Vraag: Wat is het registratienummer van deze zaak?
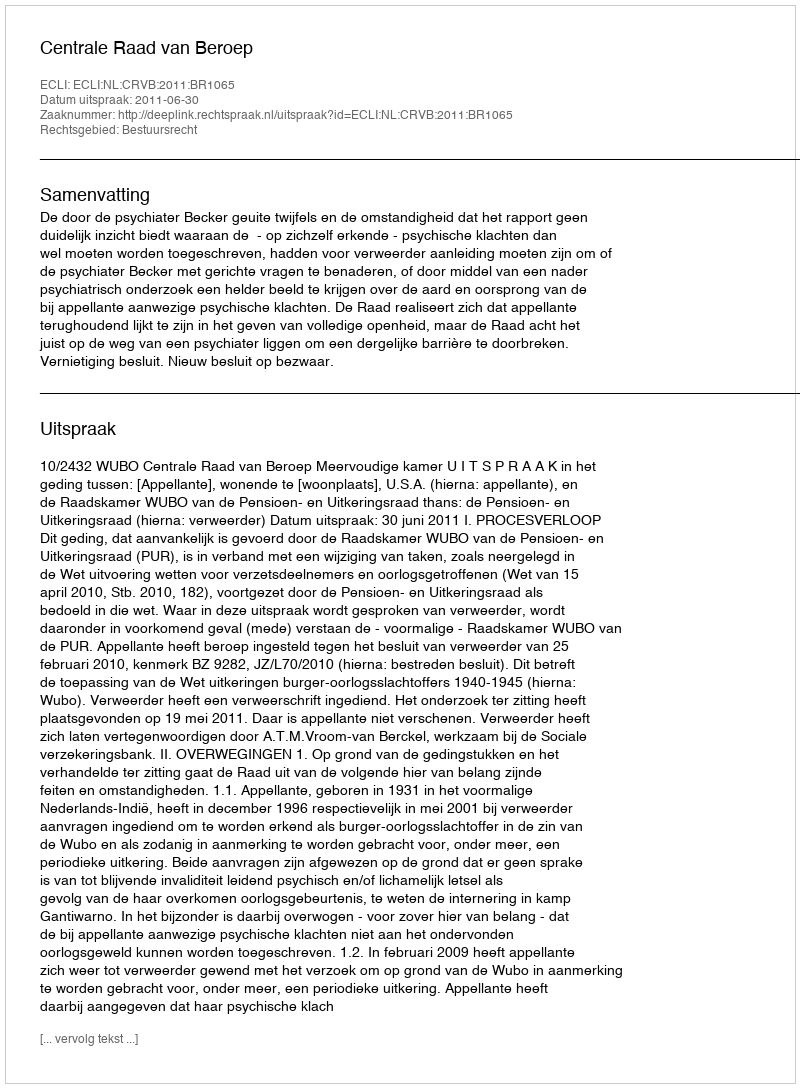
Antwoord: http://deeplink.rechtspraak.nl/uitspraak?id=ECLI:NL:CRVB:2011:BR1065